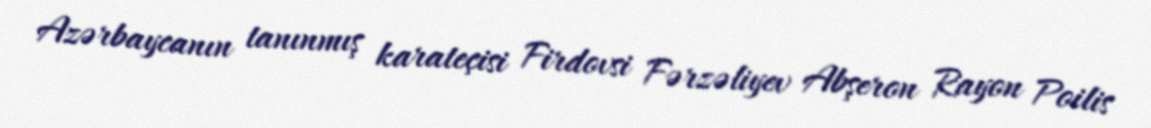
Azərbaycanın tanınmış karateçisi Firdovsi Fərzəliyev Abşeron Rayon Poilis